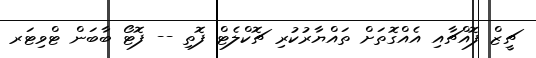
ޗީޒް ފޮއްޗާއި އެއްގޮތަށް ތައްޔާރުކުރި ޗޮކްލެޓް ފޮތި -- ފޮޓޯ ބާބަން ޓްވިޓަރ